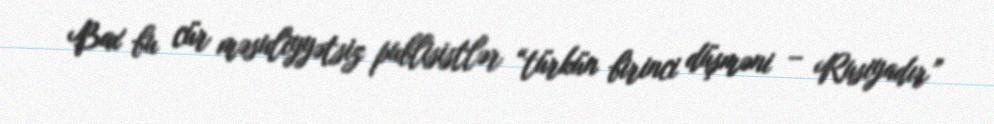
Bax bu cür məsuliyyətsiz publisistlər “türkün birinci düşməni – Rusiyadır”